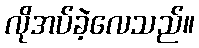
လိုအပ်ခဲ့လေသည်။